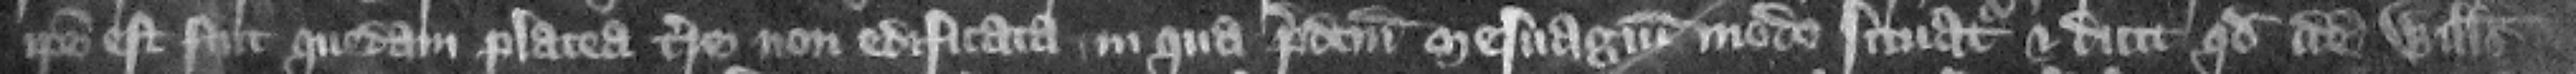
ipse est fuit quedam place terre non edificata in qua predictum mesuagium modo situatur. Et dicit quod idem Willelmus